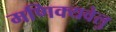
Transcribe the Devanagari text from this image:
मणिक्यवेलु